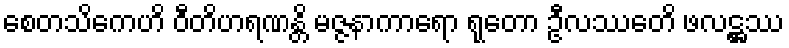
စေတသိကေဟိ ဝီတိဟရဏန္တိ မဇ္ဇနာကာရော ရုတော ဦလဿေတိ ဖလဋ္ဌဿ